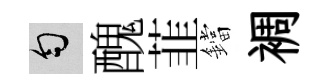
匀醜韮鐺裯